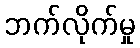
ဘက်လိုက်မှု